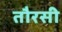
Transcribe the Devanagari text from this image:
तौरसी